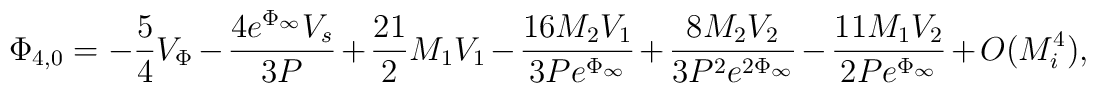
\Phi_{4,0}=-\frac{5}{4}V_{\Phi}-\frac{4 e^{\Phi_{\infty}}V_s}{3 P}+\frac{21}{2} M_1 V_1-\frac{16 M_2 V_1}{3 P e^{\Phi_{\infty}}} +\frac{8 M_2 V_2}{3 P^2 e^{2 \Phi_{\infty}}} -\frac{11 M_1 V_2}{2 P e^{\Phi_{\infty}}} + O(M_i^4),\\[2mm]